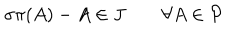
\sigma \pi ( A ) - A \in J \quad \quad \forall A \in \mathcal { P }